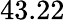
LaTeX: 43.22